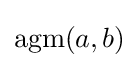
\operatorname {agm} (a,b)